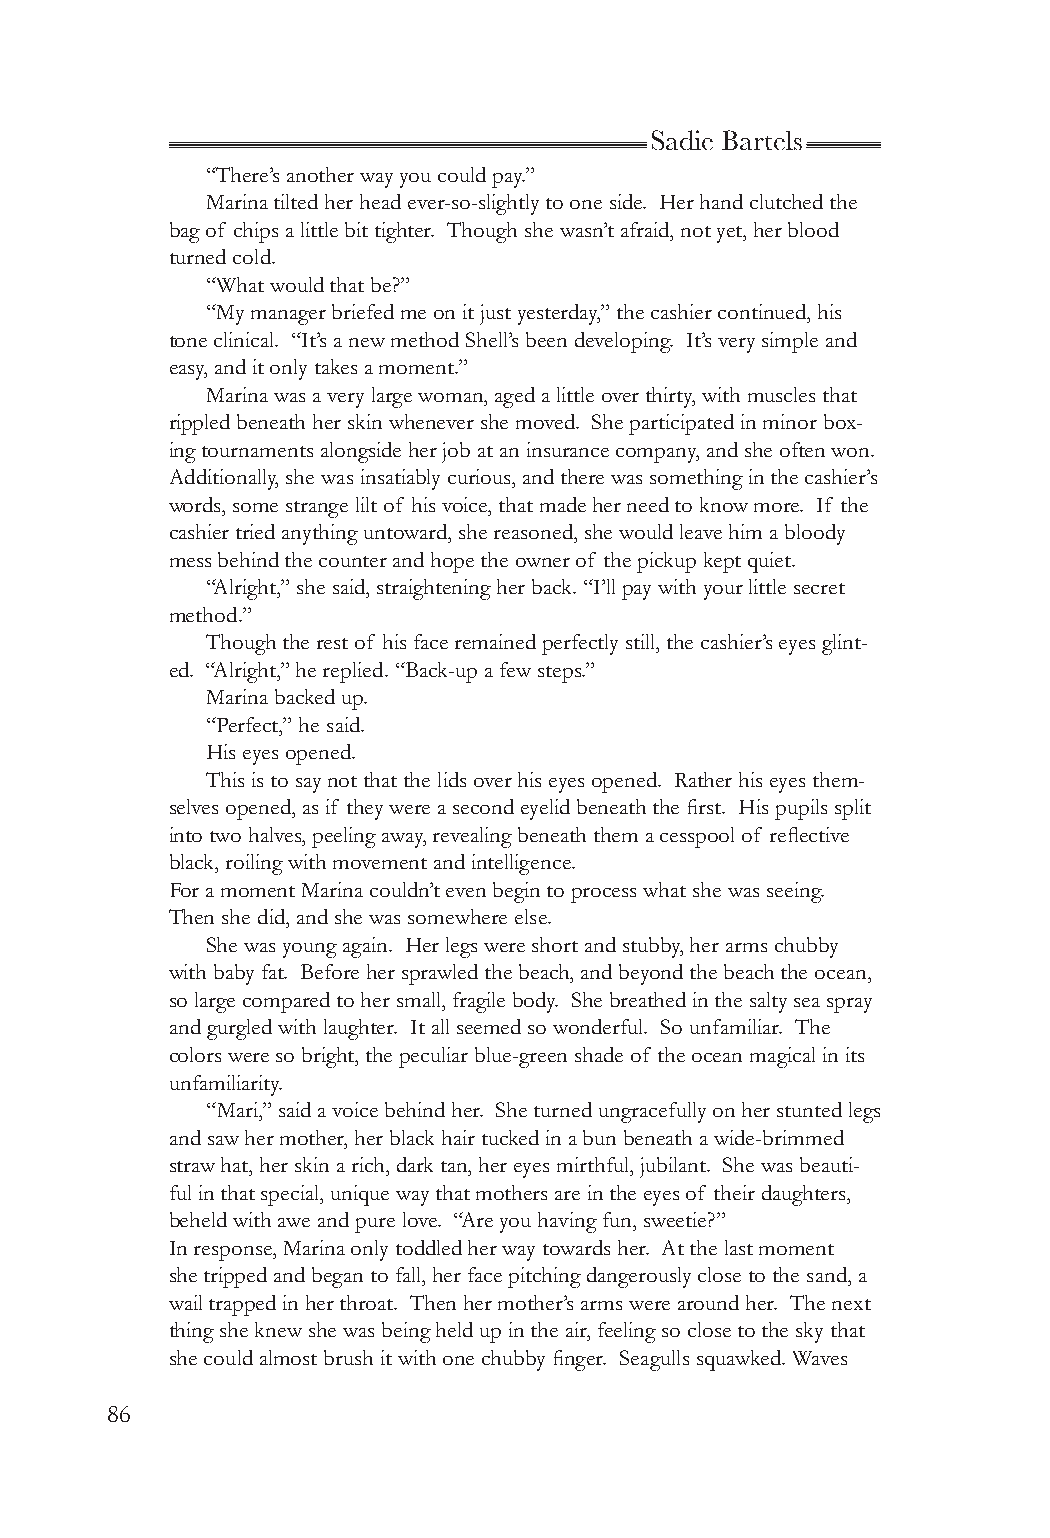
Sadie Bartels
 “There’s another way you could pay.”
 Marina tilted her head ever-so-slightly to one side. Her hand clutched the
 bag of chips a little bit tighter. Though she wasn’t afraid, not yet, her blood
 turned cold.
 “What would that be?”
 “My manager briefed me on it just yesterday,” the cashier continued, his
 tone clinical. “It’s a new method Shell’s been developing. It’s very simple and
 easy, and it only takes a moment.”
 Marina was a very large woman, aged a little over thirty, with muscles that
 rippled beneath her skin whenever she moved. She participated in minor box-
 ing tournaments alongside her job at an insurance company, and she often won.
 Additionally, she was insatiably curious, and there was something in the cashier’s
 words, some strange lilt of his voice, that made her need to know more. If the
 cashier tried anything untoward, she reasoned, she would leave him a bloody
 mess behind the counter and hope the owner of the pickup kept quiet.
 “Alright,” she said, straightening her back. “I’ll pay with your little secret
 method.”
 Though the rest of his face remained perfectly still, the cashier’s eyes glint-
 ed. “Alright,” he replied. “Back-up a few steps.”
 Marina backed up.
 “Perfect,” he said.
 His eyes opened.
 This is to say not that the lids over his eyes opened. Rather his eyes them-
 selves opened, as if they were a second eyelid beneath the first. His pupils split
 into two halves, peeling away, revealing beneath them a cesspool of reflective
 black, roiling with movement and intelligence.
 For a moment Marina couldn’t even begin to process what she was seeing.
 Then she did, and she was somewhere else.
 She was young again. Her legs were short and stubby, her arms chubby
 with baby fat. Before her sprawled the beach, and beyond the beach the ocean,
 so large compared to her small, fragile body. She breathed in the salty sea spray
 and gurgled with laughter. It all seemed so wonderful. So unfamiliar. The
 colors were so bright, the peculiar blue-green shade of the ocean magical in its
 unfamiliarity.
 “Mari,” said a voice behind her. She turned ungracefully on her stunted legs
 and saw her mother, her black hair tucked in a bun beneath a wide-brimmed
 straw hat, her skin a rich, dark tan, her eyes mirthful, jubilant. She was beauti-
 ful in that special, unique way that mothers are in the eyes of their daughters,
 beheld with awe and pure love. “Are you having fun, sweetie?”
 In response, Marina only toddled her way towards her. At the last moment
 she tripped and began to fall, her face pitching dangerously close to the sand, a
 wail trapped in her throat. Then her mother’s arms were around her. The next
 thing she knew she was being held up in the air, feeling so close to the sky that
 she could almost brush it with one chubby finger. Seagulls squawked. Waves
 86